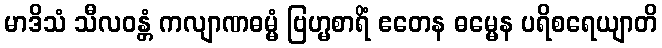
မာဒိသံ သီလဝန္တံ ကလျာဏဓမ္မံ ဗြဟ္မစာရိံ ဧတေန ဓမ္မေန ပရိစရေယျာတိ